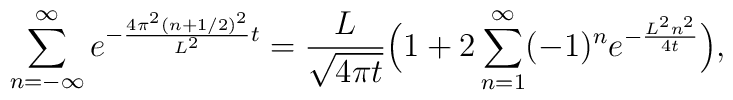
\sum_{n=-\infty}^{\infty} e^{-{4\pi^{2}(n+1/2)^{2} \over L^{2}}t}={L \over \sqrt{4\pi t}}\Bigl( 1+2\sum_{n=1}^{\infty} (-1)^{n}e^{-{L^{2}n^{2} \over 4t}}\Bigr),